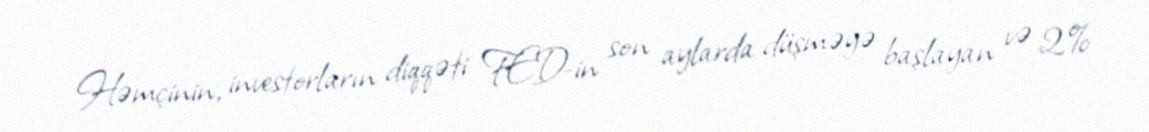
Həmçinin, investorların diqqəti FED-in son aylarda düşməyə başlayan və 2%